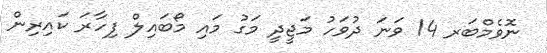
ނޮވެމްބަރ 14 ވަނަ ދުވަހު މަޖީދީ މަގު މައި މޯބައިލް ފިހާރަ ކައިރިން